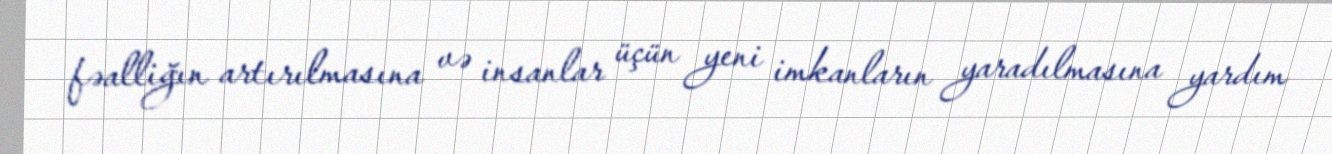
fəalliğın artırılmasına və insanlar üçün yeni imkanların yaradılmasına yardım